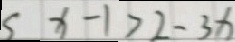
s x - 1 > 2 - 3 x